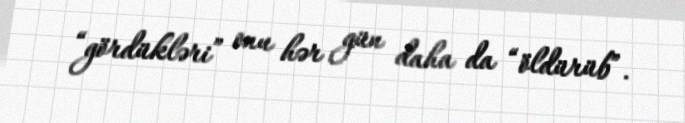
“gördükləri” onu hər gün daha da “öldürüb”.